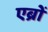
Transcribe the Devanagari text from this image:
एब्रों